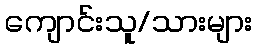
ကျောင်းသူ/သားများ